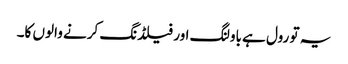
یہ تو رول ہے باولنگ اور فیلڈنگ کرنے والوں کا۔